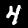
Digit: 4